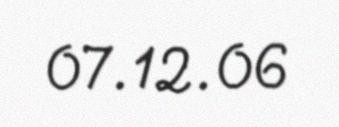
07.12.06